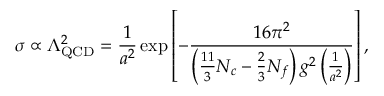
\sigma \propto \Lambda _ { \mathrm { Q C D } } ^ { 2 } = \frac { 1 } { a ^ { 2 } } \exp \left[ - \frac { 1 6 \pi ^ { 2 } } { \left( \frac { 1 1 } { 3 } N _ { c } - \frac 2 3 N _ { f } \right) g ^ { 2 } \left( \frac { 1 } { a ^ { 2 } } \right) } \right] ,